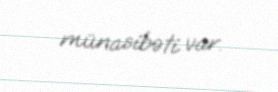
münasibəti var.